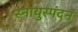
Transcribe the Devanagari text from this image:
स्नायुस्पंदन